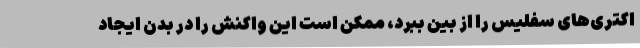
اکتری‌های سفلیس را از بین ببرد، ممکن است این واکنش را در بدن ایجاد